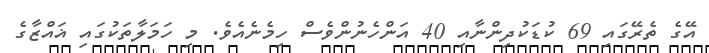
އޭގެ ތެރޭގައި 69 ކުޑަކުދިންނާއި 40 އަންހެނުންވެސް ހިމެނެއެވެ. މި ހަމަލާތަކުގައި ޣައްޒާގެ